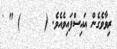
ރިވާވެގެން އައިސްފައިވެއެވެ. (     ) " '